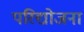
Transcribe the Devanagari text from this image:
परिद्योजना